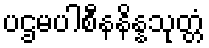
ပဌမပါစီနနိန္နသုတ္တံ